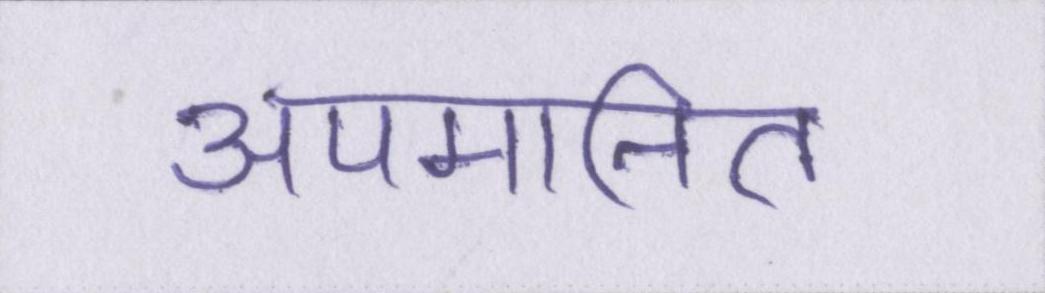
अपमानित